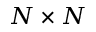
N \times N